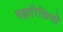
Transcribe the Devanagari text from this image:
महारिक्तियों